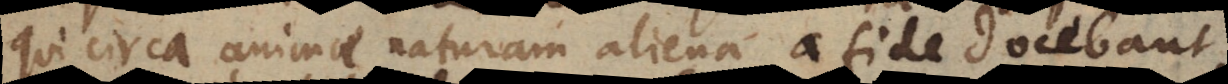
qui circa animae naturam aliena a fide docebant,